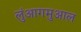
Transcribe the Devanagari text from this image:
लुंआगमुआल